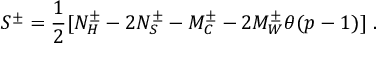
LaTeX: S ^ { \pm } = \frac { 1 } { 2 } [ N _ { H } ^ { \pm } - 2 N _ { S } ^ { \pm } - M _ { C } ^ { \pm } - 2 M _ { W } ^ { \pm } \theta ( p - 1 ) ] \, \, .